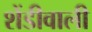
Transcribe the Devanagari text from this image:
शेंडीवाली